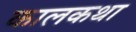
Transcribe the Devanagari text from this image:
कालकथा